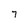
Character: 7